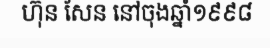
ហ៊ុន សែន នៅចុងឆ្នាំ១៩៩៨